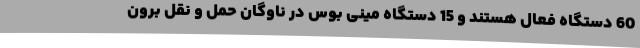
60 دستگاه فعال هستند و 15 دستگاه مینی بوس در ناوگان حمل و نقل برون